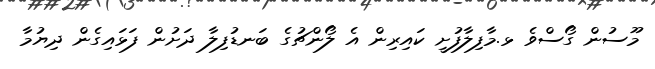
މޫސުން ގޯސްވެ ޅ.މާފިލާފުށީ ކައިރިން އެ ލޯންޗުގެ ބަނޑުފިލާ ދަށުން ފަޅައިގެން ދިޔުމާ